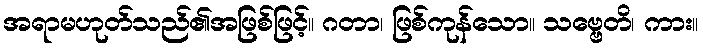
အရာမဟုတ်သည်၏အဖြစ်ဖြင့်။ ဂတာ၊ ဖြစ်ကုန်သော။ သဗ္ဗေတိ၊ ကား။